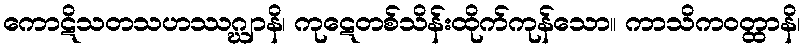
ကောဋိသတသဟဿဂ္ဃျာနိ၊ ကုဋေတစ်သိန်းထိုက်ကုန်သော။ ကာသိကဝတ္ထာနိ၊